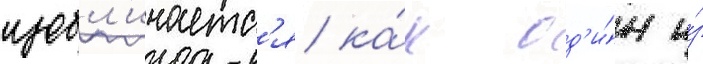
изобл'ичаетс'я ка́к од'и́н и́з